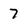
Character: 7